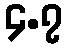
၄.၇